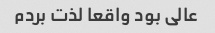
عالی بود واقعا لذت بردم